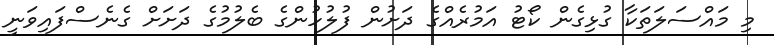
މި މައްސަލަތަކާ ގުޅިގެން ކޯޓު އަމުރެއްގެ ދަށުން ފުލުހުންގެ ބެލުމުގެ ދަށަށް ގެނެސްފައިވަނީ